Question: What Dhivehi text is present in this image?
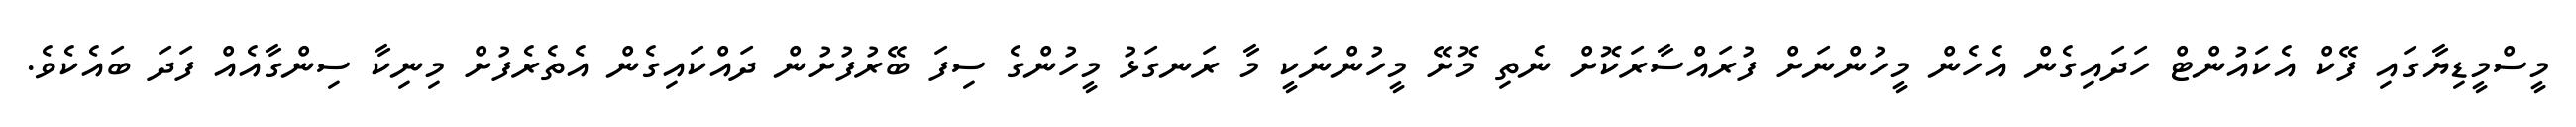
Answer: މީސްމީޑިޔާގައި ފޭކް އެކައުންޓް ހަދައިގެން އެހެން މީހުންނަށް ފުރައްސާރަކޮށް ނެތި މޮށޭ މީހުންނަކީ މާ ރަނގަޅު މީހުންގެ ސިފަ ބޭރުފުށުން ދައްކައިގެން އެތެރެފުށް މިނިކާ ސިންގާއެއް ފަދަ ބައެކެވެ.